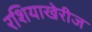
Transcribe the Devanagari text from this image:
रशियाखेरीज